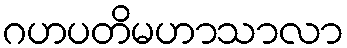
ဂဟပတိမဟာသာလာ